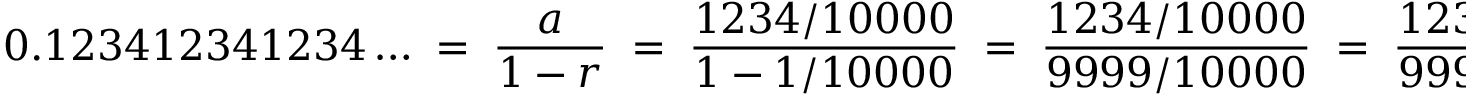
0 . 1 2 3 4 1 2 3 4 1 2 3 4 \ldots \; = \; { \frac { a } { 1 - r } } \; = \; { \frac { 1 2 3 4 / 1 0 0 0 0 } { 1 - 1 / 1 0 0 0 0 } } \; = \; { \frac { 1 2 3 4 / 1 0 0 0 0 } { 9 9 9 9 / 1 0 0 0 0 } } \; = \; { \frac { 1 2 3 4 } { 9 9 9 9 } } .